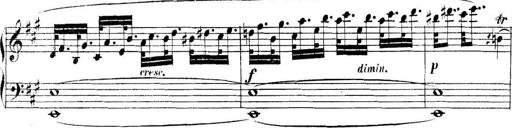
Title: Collected Piano Sonatas
Composer: Muzio Clementi